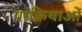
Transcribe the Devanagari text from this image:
परक्रियाओं